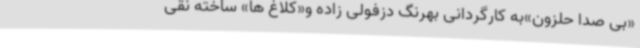
«بی صدا حلزون»به کارگردانی بهرنگ دزفولی زاده و«کلاغ ها» ساخته نقی